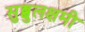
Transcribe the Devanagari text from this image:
सुब्बुलक्षमी